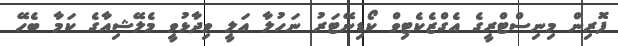
ފޮރިން މިނިސްޓްރީގެ އެގްޒެކެޓިވް ކޯޑިނޭޓަރު ނަހުލާ އަލީ ވިދާޅުވީ މެލޭޝިއާގެ ކަމާ ބެހޭ